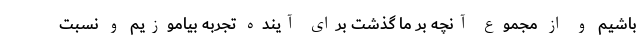
باشیم و از مجموع آنچه بر ما گذشت برای آینده تجربه بیاموزیم و نسبت